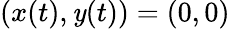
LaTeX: (x(t),\mathit{y}(t))=(0,0)